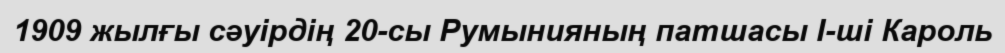
1909 жылғы сәуірдің 20-сы Румынияның патшасы І-ші Кароль